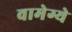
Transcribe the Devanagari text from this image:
वामेग्ये